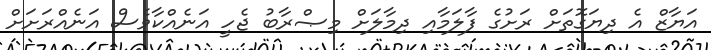
އަޔާޒް އެ ދިޔަގޮތަށް ރަށުގެ ފާލަމާއި ދިމާލަށް މިޞްރާބު ޖެހީ އަނެއްކާވެސް އަނެއްރަށަށް